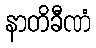
နာတိခီဏံ